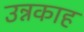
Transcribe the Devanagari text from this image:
उन्नकाह